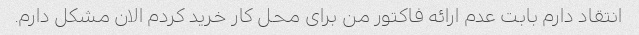
انتقاد دارم بابت عدم ارائه فاکتور من برای محل کار خرید کردم الان مشکل دارم.